Annual vaccination report of Bihar and Orissa - 1911-1928
Year: 1911
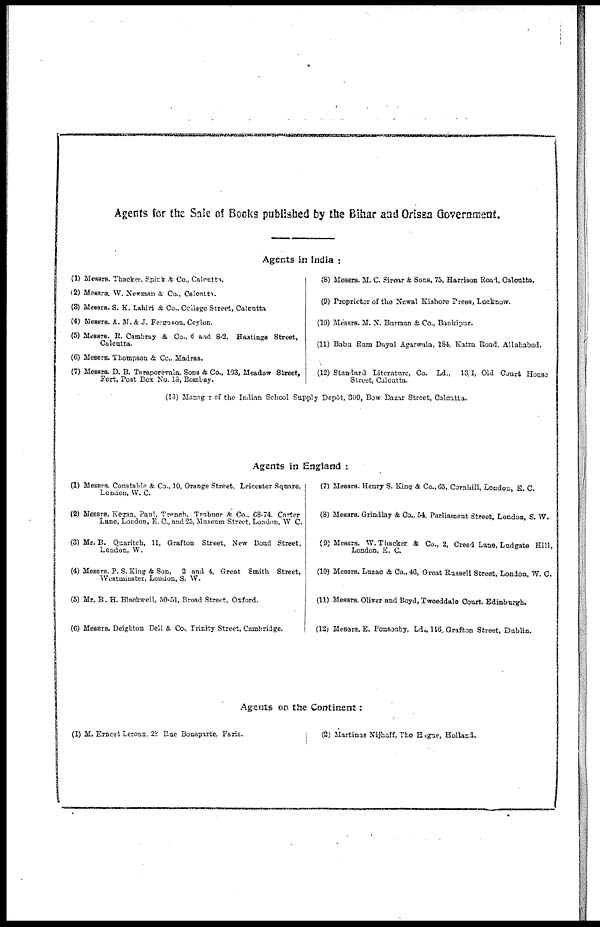
Agents for the Sale of Books published by the Bihar and Orissa Government.
Agents in India :
(1) Messrs. Thacker, Spink & Co., Calcutta.
(2) Messrs. W. Newman & Co., Calcutta.
(3) Messrs. S. K. Lahiri & Co., College Street, Calcutta
(4) Messrs. A. M. & J. Ferguson, Ceylon.
(5) Messrs. R. Cambray & Co., 6 and 8-2, Hastings Street,
Calcutta.
(6) Messrs. Thompson & Co., Madras.
(7) Messrs. D. B. Taraporevala, Sons & Co., 103, Meadow Street,
Fort, Post Box No. 18, Bombay.
(8) Messrs. M. C. Sircar & Sons, 75, Harrison Road, Calcutta.
(9) Proprietor of the Newal Kishore Press, Lucknow.
(10) Messrs. M. N. Burman & Co., Bankipur.
(11) Babu Ram Dayal Agarwala, 184, Katra Road, Allahabad.
(12) Standard Literature, Co. Ld., 13/1, Old Court House
Street, Calcutta.
(13) Manager of the Indian School Supply Depôt, 309, Bow Bazar Street, Calcutta.
Agents in England :
(1) Messrs. Constable & Co., 10, Orange Street, Leicester Square,
London, W. C.
(2) Messrs. Kegan, Paul. Trench. Trubner & Co., 68-74. Carter
Lane, London, E. C., and 25, Museum Street, London, W. C.
(3) Mr. B. Quaritch, 11, Grafton Street, New Bond Street,
London, W.
(4) Messrs. P. S. King & Son, 2 and 4, Great Smith Street,
Westminster, London, S. W.
(5) Mr. B. H. Blackwell, 50-51, Broad Street, Oxford.
(6) Messrs. Deighton Bell & Co., Trinity Street, Cambridge.
(7) Messrs. Henry S. King & Co., 65, Cornhill, London, E. C.
(8) Messrs. Grindlay & Co., 54, Parliament Street, London, S. W.
(9) Messrs. W. Thacker & Co., 2, Creed Lane, Ludgate Hill,
London, E. C.
(10) Messrs. Luzac & Co., 46, Great Russell Street, London, W. C.
(11) Messrs. Oliver and Boyd, Twoeddale Court, Edinburgh.
(12) Messrs. E. Ponsonby, Ld., 116, Grafton Street, Dublin.
Agents on the Continent:
(1) M. Ernest Leroux, 28 Rue Bonaparte, Paris.
(2) Martinus Nijhoff, The Hague, Holland.